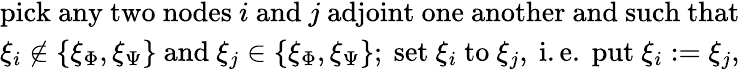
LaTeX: \begin{array}{l}{\mathrm{pick~any~two~nodes~}i\mathrm{~and~}j\mathrm{~adjoint~one~another~and~such~that~}}\\ {\xi_{i}\not\in\{ \xi_{\Phi},\xi_{\Psi}\} \mathrm{~and~}\xi_{j}\in\{ \xi_{\Phi},\xi_{\Psi}\} ;\mathrm{~set~}\xi_{i}\mathrm{~to~}\xi_{j},\mathrm{~i.e.~put~}\xi_{i}:=\xi_{j},}\end{array}